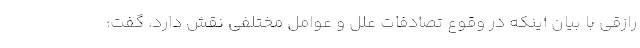
رازقی با بیان اینکه در وقوع تصادفات علل و عوامل مختلفی نقش دارد، گفت: